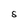
Character: S